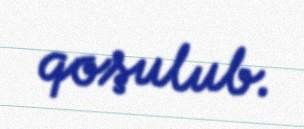
qoşulub.